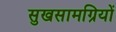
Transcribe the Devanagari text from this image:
सुखसामग्रियों